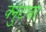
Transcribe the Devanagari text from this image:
क्नुटचा